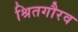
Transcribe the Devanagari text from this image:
श्रितगौरव